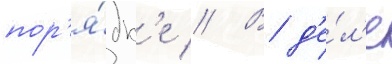
пор'я́дк'е // В д'е́л'е